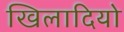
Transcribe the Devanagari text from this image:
खिलादियो